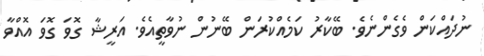
ނުދައްކަން ވެގެންނެވެ. ބޭކާރު ކަމެއްކުރަން ބޭނުން ނުވާތީއެވެ. އަރީޝާ ގޮވަ ގޮވަ އޮއްވާ